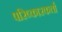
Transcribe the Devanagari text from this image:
परिष्कारकर्ता